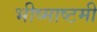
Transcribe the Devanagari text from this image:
भीष्माष्टमी